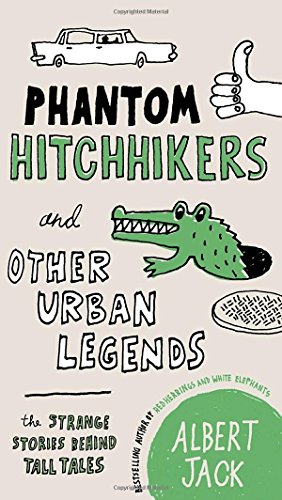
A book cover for Phantom Hitchhikers and Other Urban Legends: The Strange Stories Behind Tall Tales; Albert Jack; Humor & Entertainment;